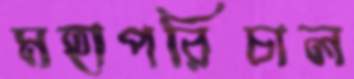
মহাপরিচাল